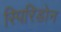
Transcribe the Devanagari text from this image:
स्पिरिडोन